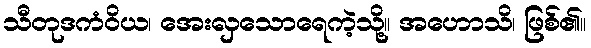
သီတုဒကံဝိယ၊ အေးလှသောရေကဲ့သို့။ အဟောသိ၊ ဖြစ်၏။